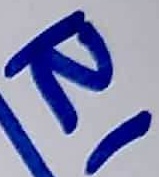
Text: R1